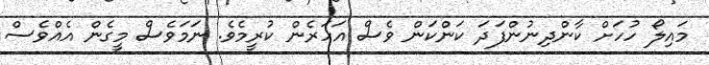
މައިލޯ ހުހަށް ކާންދިނުންފަދަ ކަންކަން ވެސް އަހަރެން ކުރީމެވެ. ނަމަވެސް މީގެން އެއްވެސް